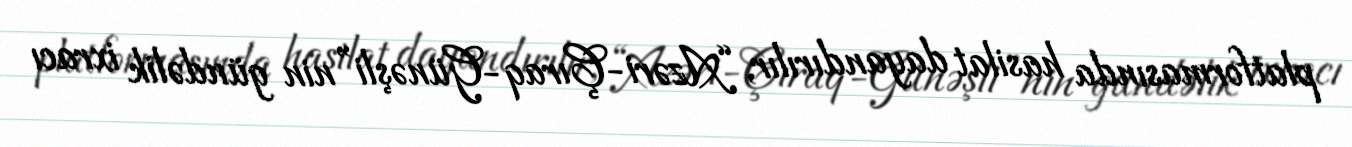
platformasında hasilat dayandırılır, “Azəri-Çıraq-Günəşli”nin gündəlik ixracı